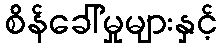
စိန်ခေါ်မှုများနှင့်